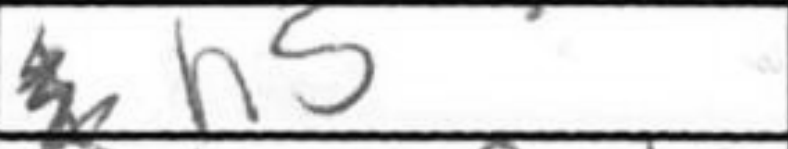
Transcription: h5